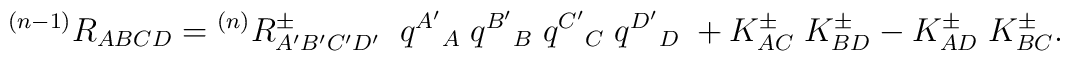
{}^{(n-1)}R_{ABCD}= {}^{(n)}R_{A'B'C'D'}^\pm \; \;q^{A'}{}_A \;  q^{B'}{}_B \; q^{C'}{}_C \; q^{D'}{}_D \;+ K_{AC}^\pm\; K_{BD}^\pm - K_{AD}^\pm \; K_{BC}^\pm.